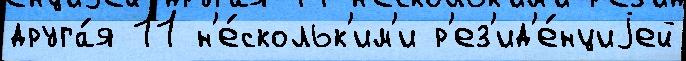
друга́я 11 н'е́скольк'им'и р'ез'ид'е́нциjей